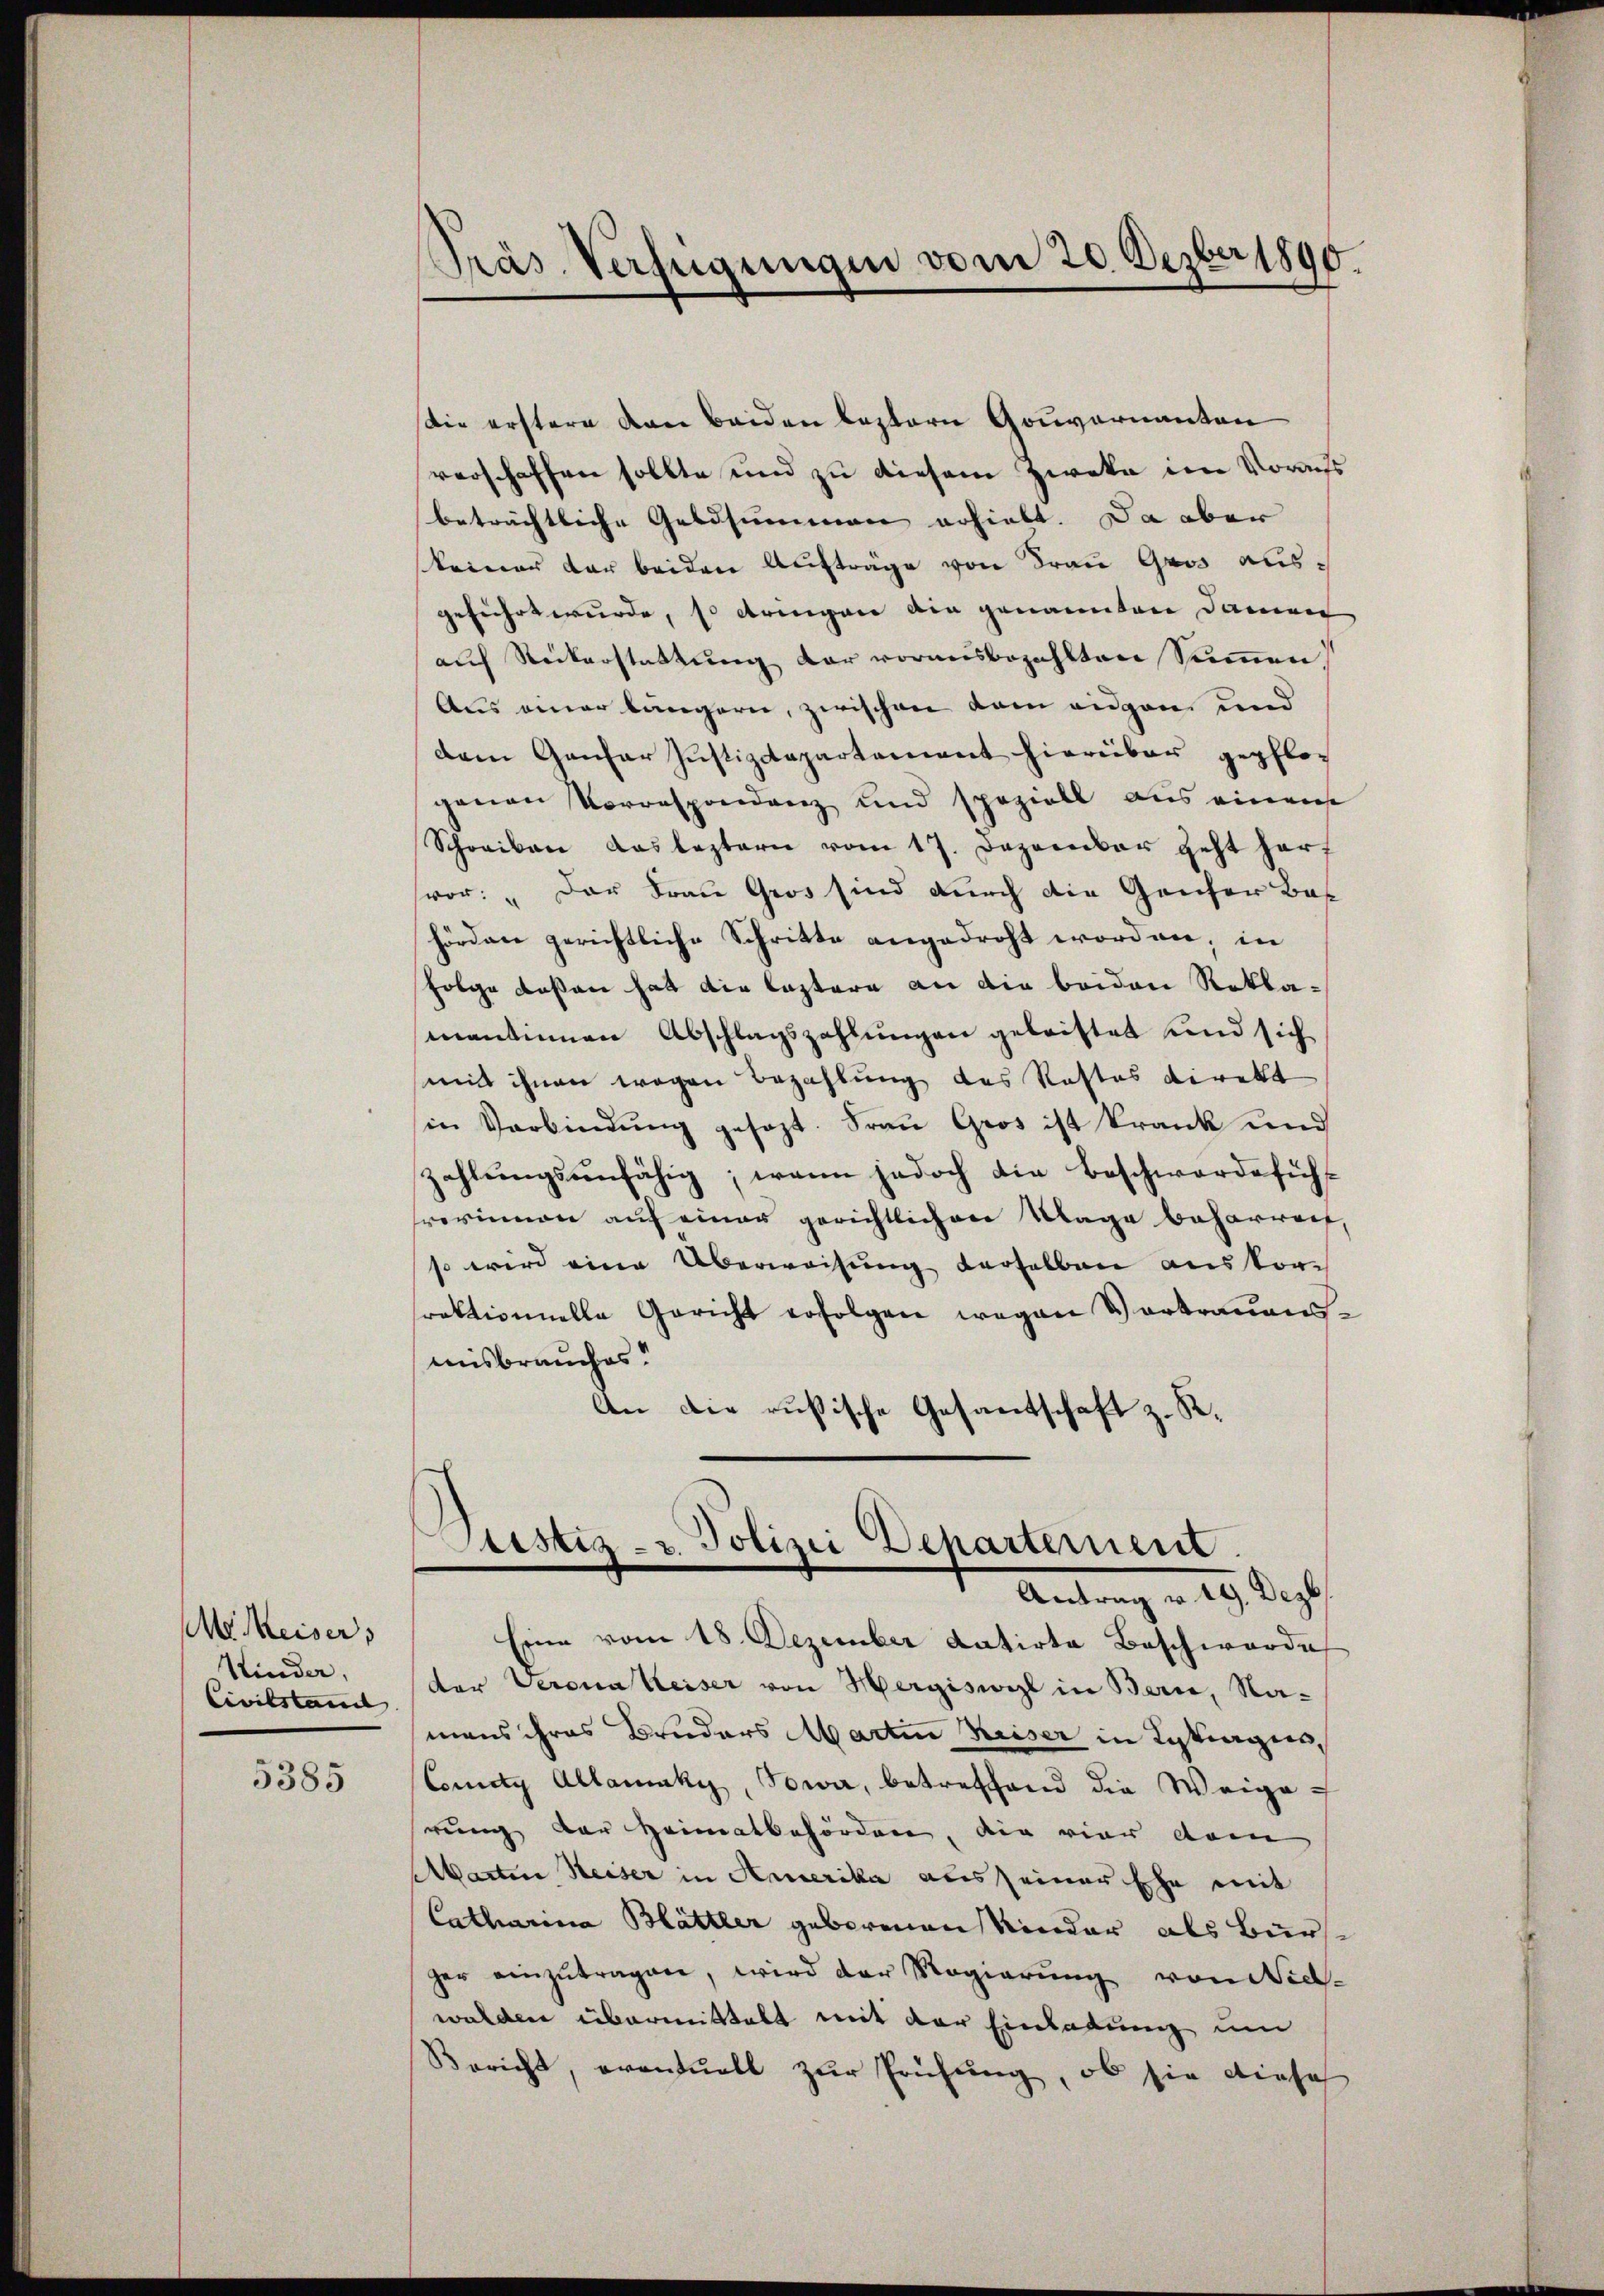
e Meiser,
Kinder,
Civilstan

5385

Präs. Verfügungen vom 20. Dezber 1890.

Die erstere von beiden leztern Gouvernanton
verschaffen sollte und zu diesem Zweke im Voraus
beträchtliche Geldsummen erhielt. Da aber
skeiner der beiden Aufträge von Frau Gros ausgeführt wurde, so dringen ain genannten Damen
aŭf Reiterstattŭng der vorausbezahlten Summen
Aus einer längern, zwischen dem eidgen und
dem Gantar Justizdepartement hierüber gepflogenen Vorrespondenz und speziell aus einem
Schreiben das leztern vom 17. Dezember geht harf
vor: „Der Frau Gros sind durch die Ganter Bas
hörden gerichtliche Schritte angedroht worden, in
sfolge deßen hat die Lastere an die beiden Reklamantinnen Abschlagszahlungen geleistet und sich
mit ihnen wegen Bezahlung des Rastas direkt
in Verbindŭng gesezt. Frau Gros ist krank und
zahlŭngsunfähig, wenn jedoch die Beschwerdeführ
rerinnen auf einer gerichtlichen Klage beharret,
so wird eine Überweisung derselben auskorrektionnelle Gericht erfolgen wegen Vertrauensmisbrauches!
An die rusische Gesantschaft z. K.

Stistiz- & Polizei Departement.
Antrag v. 29. Dezb

Eine vom 18. Dezember datirte Beschwerde
der Verona Keiser von Hergiswogl in Bern, Namans ihres Bruders Martin Keiser in Betrages,
Cometz Allansky, Sowa, betreffend die Weige
rung der Heimatbehörden, die vier dem
Marten Reiser in Amerika aus seiner Ehe mit
Catharina Blättler geborenen Kinder als Burs
zer einzutragen, wird der Magierung von Sich-
walden übermittelt mit der Einladung um
Bericht, eventuell zur Prüfung, ob sie diese